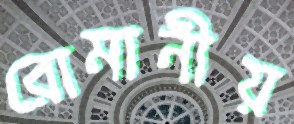
রোমানীয়